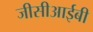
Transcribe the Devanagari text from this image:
जीसीआईबी